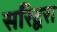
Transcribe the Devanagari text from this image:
सरिद्वरा